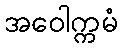
အဝေါက္ကမံ